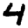
Digit: 4